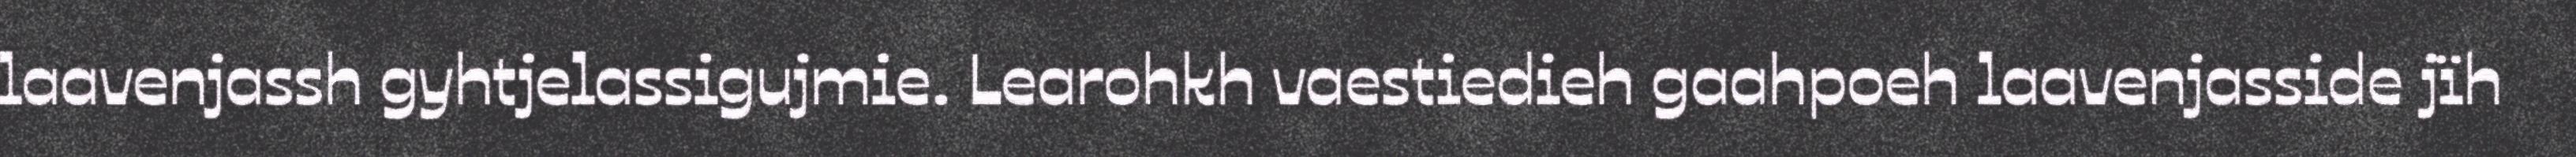
laavenjassh gyhtjelassigujmie. Learohkh vaestiedieh gaahpoeh laavenjasside jïh